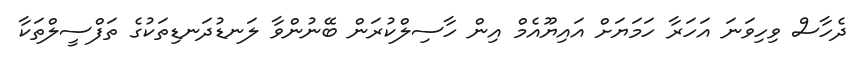
ދެހާސް ވިހިވަނަ އަހަރާ ހަމަޔަށް އައިޔޫއެމް އިން ހާސިލްކުރަން ބޭނުންވާ ލަނޑުދަނޑިތަކުގެ ތަފްސީލްތަކާ